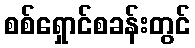
စစ်ရှောင်စခန်းတွင်